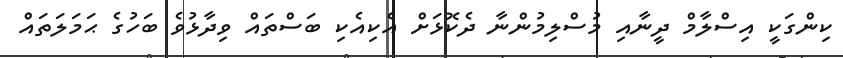
ކިންގަކީ އިސްލާމް ދީނާއި މުސްލިމުންނާ ދެކޮޅަށް އެކިއެކި ބަސްތައް ވިދާޅުވެ ބަހުގެ ޙަމަލަތައް